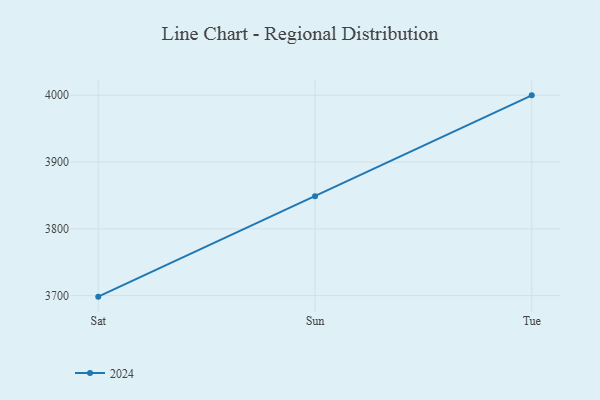
{"axis": {"x": "Day", "y": "Operating Costs (USD K)"}, "legend": ["2024"], "data": [{"x": "Sat", "y": 3698.5, "type": "2024"}, {"x": "Sun", "y": 3848.8, "type": "2024"}, {"x": "Tue", "y": 3999.9, "type": "2024"}]}